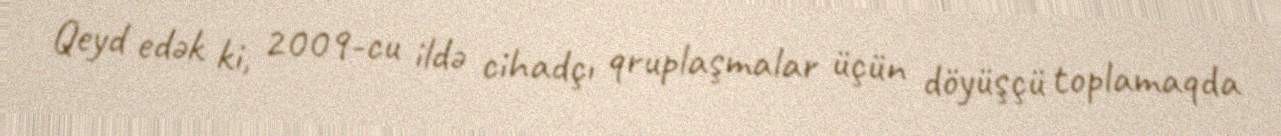
Qeyd edək ki, 2009-cu ildə cihadçı qruplaşmalar üçün döyüşçü toplamaqda